Report of the Indian Hemp Drugs Commission, 1894-1895 - Volume III
Year: 1894
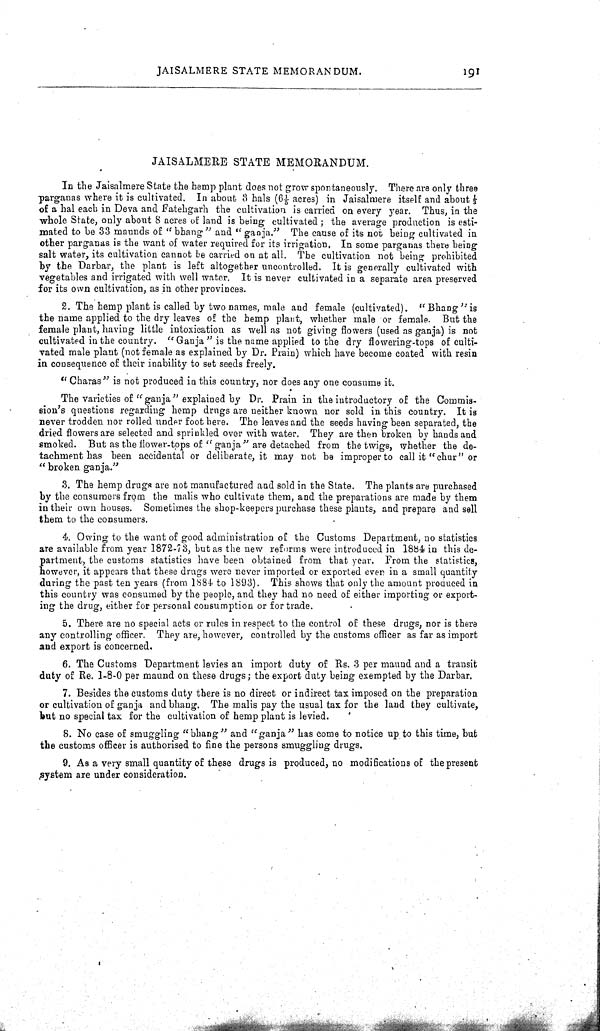
JAISALMERE STATE MEMORANDUM.
191
JAISALMERE STATE MEMORANDUM.
In the Jaisalmere State the hemp plant does not grow spontaneously. There are only three
parganas where it is cultivated. In about 3 hals (61/5 acres) in Jaisalmere itself and about 1/3
of a hal each in Deva and Fatehgarh the cultivation is carried on every year. Thus, in the
whole State, only about 8 acres of land is being cultivated; the average production is esti-
mated to be 33 maunds of "bhang" and "ganja." The cause of its not being cultivated in
other parganas is the want of water required for its irrigation. In some parganas there being
salt water, its cultivation cannot be carried on at all. The cultivation not being prohibited
by the Darbar, the plant is left altogether uncontrolled. It is generally cultivated with
vegetables and irrigated with well water. It is never cultivated in a separate area preserved
for its own cultivation, as in other provinces.
2. The hemp plant is called by two names, male and female (cultivated). "Bhang" is
the name applied to the dry leaves of the hemp plant, whether male or female. But the
female plant, having little intoxication as well as not giving flowers (used as ganja) is not
cultivated in the country. "Ganja" is the name applied to the dry flowering-tops of culti-
vated male plant (not female as explained by Dr. Prain) which have become coated with resin
in consequence of their inability to set seeds freely.
"Charas" is not produced in this country, nor does any one consume it.
The varieties of "ganja" explained by Dr. Prain in the introductory of the Commis-
sion's questions regarding hemp drugs are neither known nor sold in this country. It is
never trodden nor rolled under foot here. The leaves and the seeds having been separated, the
dried flowers are selected and sprinkled over with water. They are then broken by hands and
smoked. But as the flower-tops of "ganja" are detached from the twigs, whether the de-
tachment has been accidental or deliberate, it may not be improper to call it "chur" or
"broken ganja."
3. The hemp drugs are not manufactured and sold in the State. The plants are purchased
by the consumers from the malis who cultivate them, and the preparations are made by them
in their own houses. Sometimes the shop-keepers purchase these plants, and prepare and sell
them to the consumers.
4. Owing to the want of good administration of the Customs Department, no statistics
are available from year 1872-73, but as the new reforms were introduced in 1884 in this de-
partment, the customs statistics have been obtained from that year. From the statistics,
however, it appears that these drugs were never imported or exported even in a small quantity
during the past ten years (from 1884 to 1893). This shows that only the amount produced in
this country was consumed by the people, and they had no need of either importing or export-
ing the drug, either for personal consumption or for trade.
5. There are no special acts or rules in respect to the control of these drugs, nor is there
any controlling officer. They are, however, controlled by the customs officer as far as import
and export is concerned.
6. The Customs Department levies an import duty of Rs. 3 per maund and a transit
duty of Re. 1-8-0 per maund on these drugs; the export duty being exempted by the Darbar.
7. Besides the customs duty there is no direct or indirect tax imposed on the preparation
or cultivation of ganja and bhang. The malis pay the usual tax for the land they cultivate,
but no special tax for the cultivation of hemp plant is levied.
8. No case of smuggling "bhang" and "ganja" has come to notice up to this time, but
the customs officer is authorised to fine the persons smuggling drugs.
9. As a very small quantity of these drugs is produced, no modifications of the present
system are under consideration.